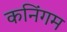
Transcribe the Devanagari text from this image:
कनिंगम